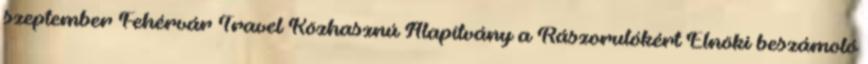
szeptember Fehérvár Travel Közhasznú Alapítvány a Rászorulókért Elnöki beszámoló